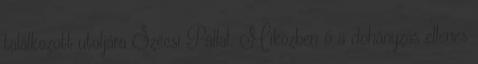
találkozott utoljára Szécsi Pállal. Miközben ő a dohányzás ellenes